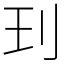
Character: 㺫